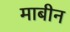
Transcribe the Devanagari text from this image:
माबीन